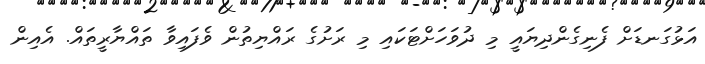
އަޅުގަނޑަށް ފެނިގެންދިޔައީ މި ދުވަހަށްޓަކައި މި ރަށުގެ ރައްޔިތުން ވެފައިވާ ތައްޔާރީތައް. އެއިން